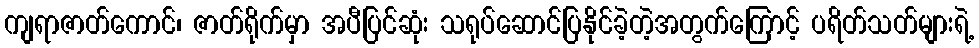
ကျရာဇာတ်ကောင်၊ ဇာတ်ရိုက်မှာ အပီပြင်ဆုံး သရုပ်ဆောင်ပြနိုင်ခဲ့တဲ့အတွက်ကြောင့် ပရိတ်သတ်များရဲ့